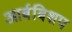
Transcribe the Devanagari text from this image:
आर्बबिशप